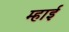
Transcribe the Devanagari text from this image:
म्हाई